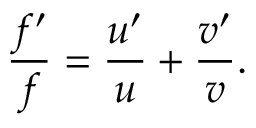
{ \frac { f ^ { \prime } } { f } } = { \frac { u ^ { \prime } } { u } } + { \frac { v ^ { \prime } } { v } } .